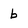
Character: b